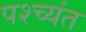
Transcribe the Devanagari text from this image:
पश्च्यंत